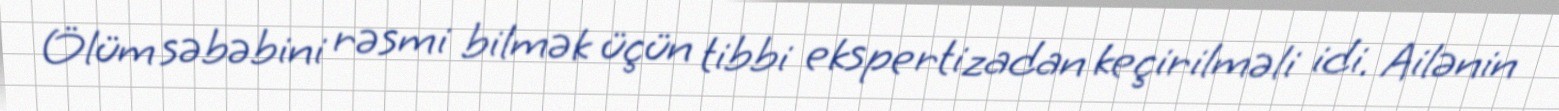
Ölüm səbəbini rəsmi bilmək üçün tibbi ekspertizadan keçirilməli idi. Ailənin